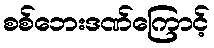
စစ်ဘေးဒဏ်ကြောင့်